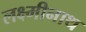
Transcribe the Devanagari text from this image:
लक्ष्मीनाथ